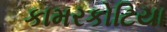
કામરકોટિયા